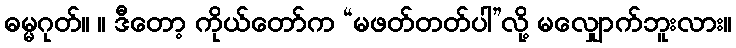
ဓမ္မဂုတ်။ ။ ဒီတော့ ကိုယ်တော်က “မဖတ်တတ်ပါ”လို့ မလျှောက်ဘူးလား။